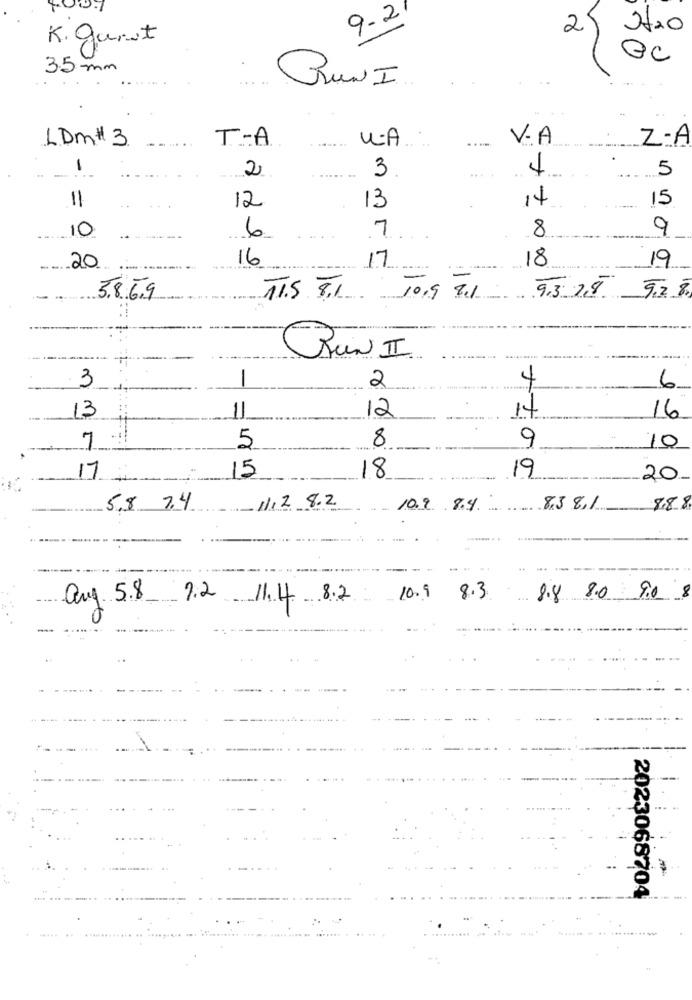
9-2
2
K. gant
35 mm
Gun I
LDm # 3
.. ..
U.A.
....
V.A
Z-A
T .- A
1
2
3
5
11
13
15
12
14
8
9
10
--
6
7
16
17
18
19
20
9,2 8
38.69
11.5 8.1 10,9 Bl
9.3 7,8
RUN II
3
-
2
6
13
11
12
14
16
8
9
7
5
10
15
19
17
18
20
11.2 8.2
5.8 7,4
10.9 8.4
8.3 8,1
8.88
auf 5.8
7.2.
11.4 8.2
10.9
8.3.
8.8 8.0 9.0 8
-
.....
2023068704